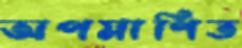
অপমাণিত